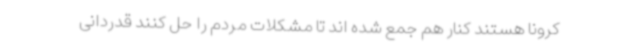
کرونا هستند کنار هم جمع شده اند تا مشکلات مردم را حل کنند قدردانی